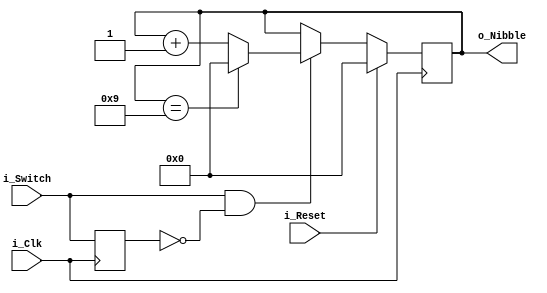
module Switch_Counter (
  input i_Clk,
  input i_Reset,
  input i_Switch,
  output [3:0] o_Nibble
);

  reg r_Switch = 1'b0;
  reg [3:0] r_Nibble = 4'h0;

  always @(posedge i_Clk) begin
    r_Switch <= i_Switch;
    if (i_Reset) begin
      r_Nibble <= 0;
    end else if ((i_Switch == 1'b1) && (r_Switch == 1'b0)) begin
      // Rising edge of i_Switch
      if (r_Nibble == 9) r_Nibble <= 0;
      else r_Nibble <= r_Nibble + 1;
    end
  end

  assign o_Nibble = r_Nibble;
endmodule